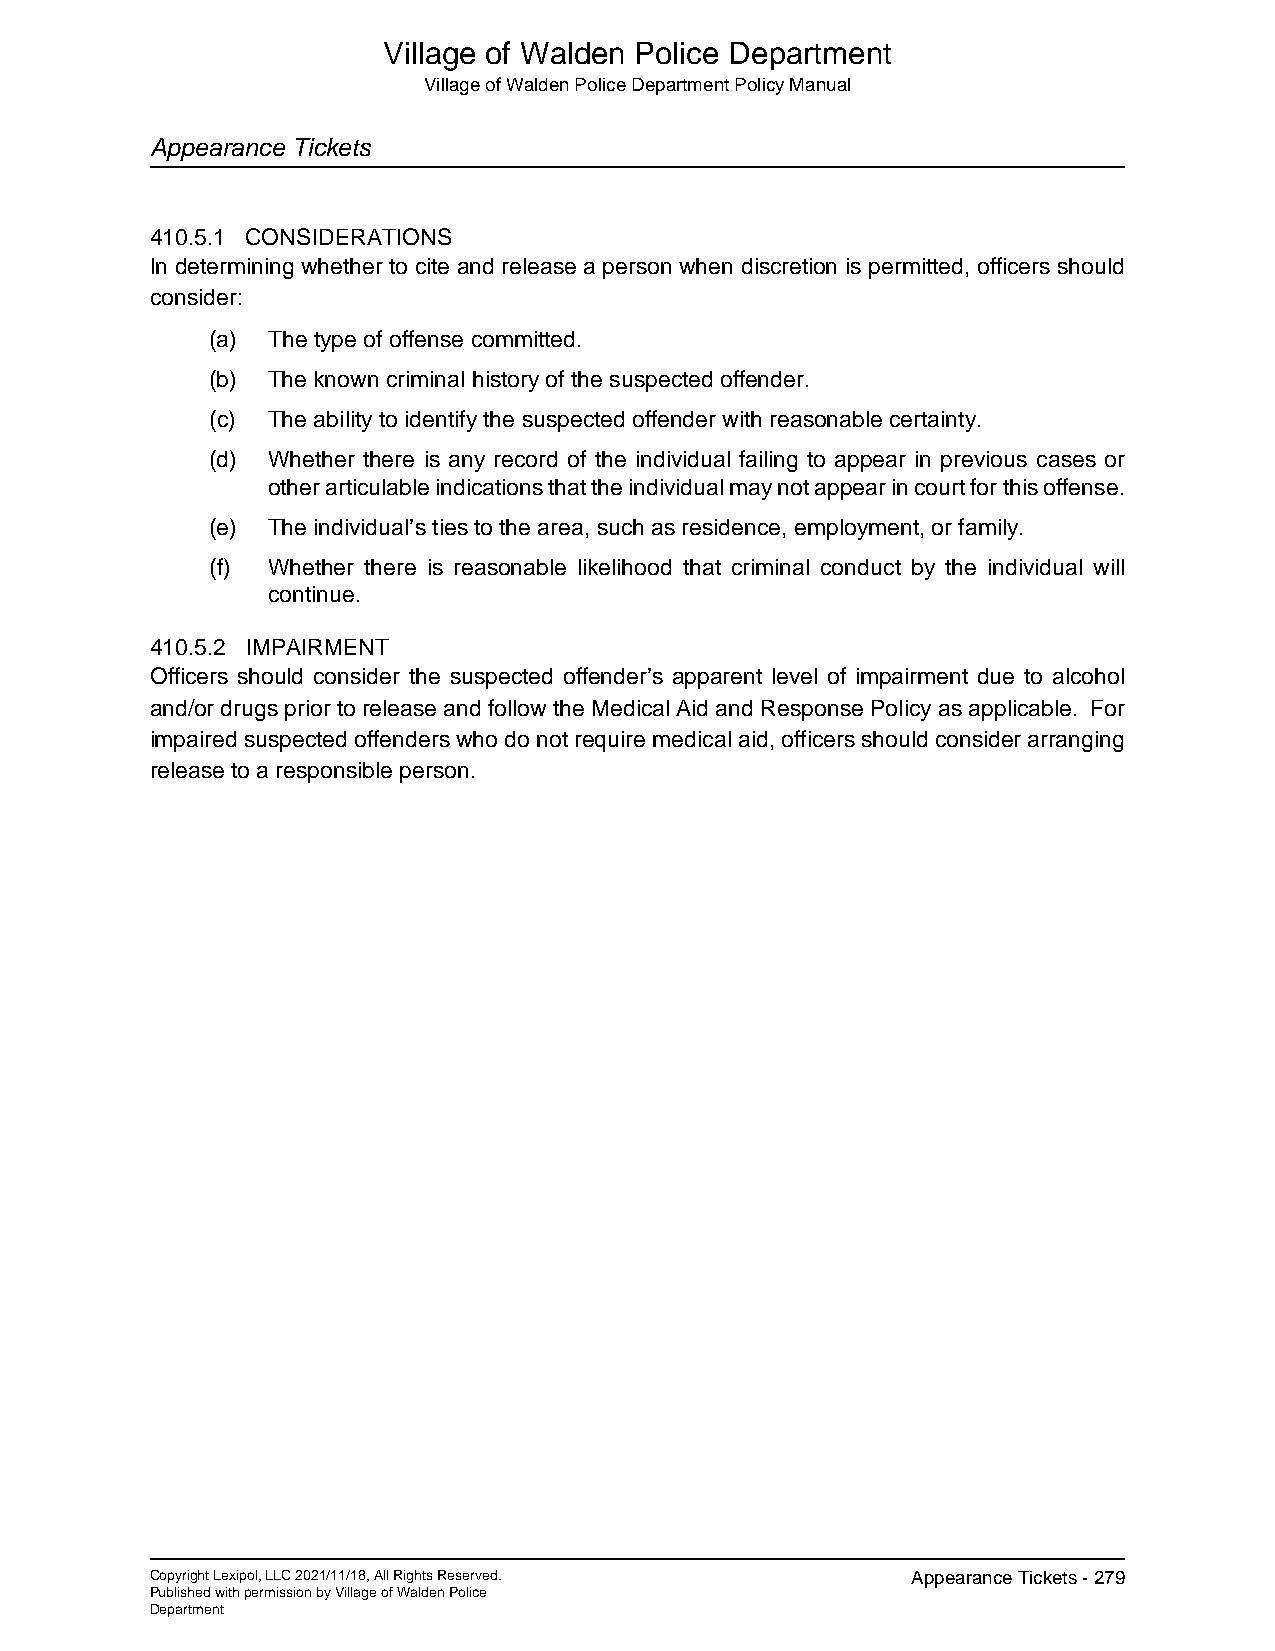
Village of Walden Police Department
 Village of Walden Police Department Policy Manual
 Appearance Tickets
 410.5.1 CONSIDERATIONS
 In determining whether to cite and release a person when discretion is permitted, officers should
 consider:
 (a) The type of offense committed.
 (b) The known criminal history of the suspected offender.
 (c) The ability to identify the suspected offender with reasonable certainty.
 (d) Whether there is any record of the individual failing to appear in previous cases or
 other articulable indications that the individual may not appear in court for this offense.
 (e) The individual’s ties to the area, such as residence, employment, or family.
 (f) Whether there is reasonable likelihood that criminal conduct by the individual will
 continue.
 410.5.2 IMPAIRMENT
 Officers should consider the suspected offender’s apparent level of impairment due to alcohol
 and/or drugs prior to release and follow the Medical Aid and Response Policy as applicable. For
 impaired suspected offenders who do not require medical aid, officers should consider arranging
 release to a responsible person.
 Copyright Lexipol, LLC 2021/11/18, All Rights Reserved. Appearance Tickets - 279
 Published with permission by Village of Walden Police
 Department